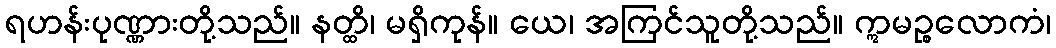
ရဟန်းပုဏ္ဏားတို့သည်။ နတ္ထိ၊ မရှိကုန်။ ယေ၊ အကြင်သူတို့သည်။ ဣမဉ္စလောကံ၊